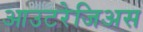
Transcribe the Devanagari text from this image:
आउटरेजिअस